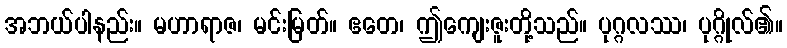
အဘယ်ပါနည်း။ မဟာရာဇ၊ မင်းမြတ်။ ဧတေ၊ ဤကျေးဇူးတို့သည်။ ပုဂ္ဂလဿ၊ ပုဂ္ဂိုလ်၏။